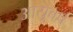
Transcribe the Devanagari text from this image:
आयुवर्ष